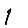
Digit: 1